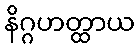
နိဂ္ဂဟတ္ထာယ